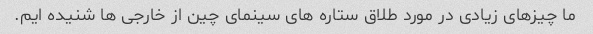
ما چیزهای زیادی در مورد طلاق ستاره های سینمای چین از خارجی ها شنیده ایم.